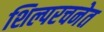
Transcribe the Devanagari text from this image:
शिल्परचनेत